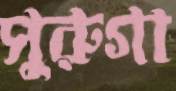
সুরুগা